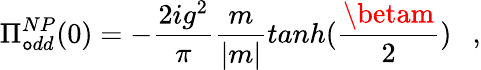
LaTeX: \Pi_{\mathtt{o}dd}^{NP}(0)=-\frac{{2ig^{2}}}{{\pi}}\frac{{m}}{{|m|}}tanh(\frac{{\betam}}{{2}})~~~,